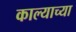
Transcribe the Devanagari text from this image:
काल्याच्या